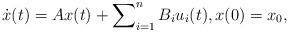
LaTeX: \begin{align*} \dot{x}(t) = A x(t) + \sum\nolimits_{i=1}^n B_i u_i(t), x(0)=x_0, \end{align*}